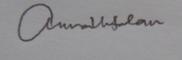
Signature authenticity: genuine